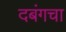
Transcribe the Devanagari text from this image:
दबंगचा